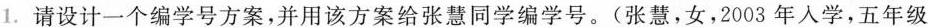
1.请设计一个编学号方案，并用该方案给张慧同学编学号。(张慧，女，2003年人学，五年级